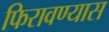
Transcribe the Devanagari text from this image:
फिरावण्यास